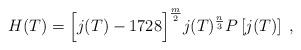
LaTeX: \begin{align*} H(T)=\Bigl[j(T)-1728\Bigr]^{\frac{m}{2}}j(T)^{\frac{n}{3}}P\left[j(T)\right]\;,\end{align*}